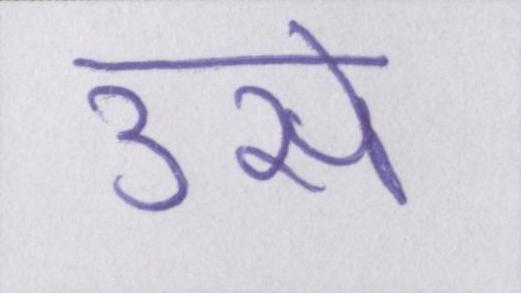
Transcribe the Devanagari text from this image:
उसे